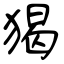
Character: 猲